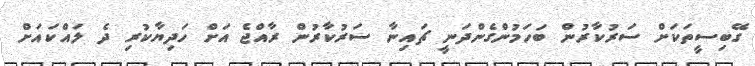
ގޭބިސީތަކަށް ސަރުކާރުން ބަހަމުންގެންދަނީ ޗައިނާ ސަރުކާރުން ރާއްޖެ އަށް ހަދިޔާކުރި ދެ ލައްކައަށް